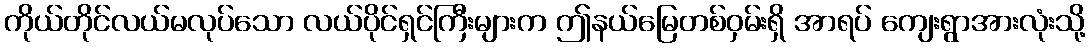
ကိုယ်တိုင်လယ်မလုပ်သော လယ်ပိုင်ရှင်ကြီးများက ဤနယ်မြေတစ်ဝှမ်းရှိ အာရပ် ကျေးရွာအားလုံးသို့